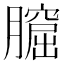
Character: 𦡆